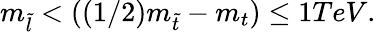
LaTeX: m_{\tilde{l}}<((1/2)m_{\tilde{t}}-m_{t})\leq 1TeV.